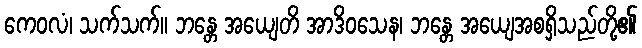
ကေဝလံ၊ သက်သက်။ ဘန္တေ အယျေတိ အာဒိဝသေန၊ ဘန္တေ အယျေအစရှိသည်တို့၏